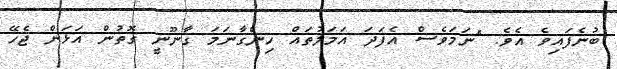
ބުނެފައިވެ އެވެ. "ނަމަވެސް އެފަދަ އަމަލުތައް ހިންގާނަމަ ގާނޫނީ ގޮތުން އަޅަން ޖެހޭ